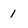
Character: 1